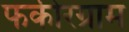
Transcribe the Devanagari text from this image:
फकीरग्राम